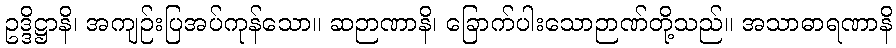
ဥဒ္ဒိဋ္ဌာနိ၊ အကျဉ်းပြအပ်ကုန်သော။ ဆဉာဏာနိ၊ ခြောက်ပါးသောဉာဏ်တို့သည်။ အသာဓာရဏာနိ